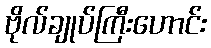
ဗိုလ်ချုပ်ကြီးဟောင်း